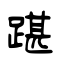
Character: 踸